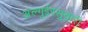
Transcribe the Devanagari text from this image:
अल्गुईरसुवारी